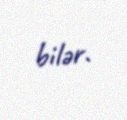
bilər.